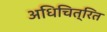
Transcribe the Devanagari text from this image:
अधिचित्रित